Insane asylums Bombay 1873-77 - 1873-1877
Year: 1873
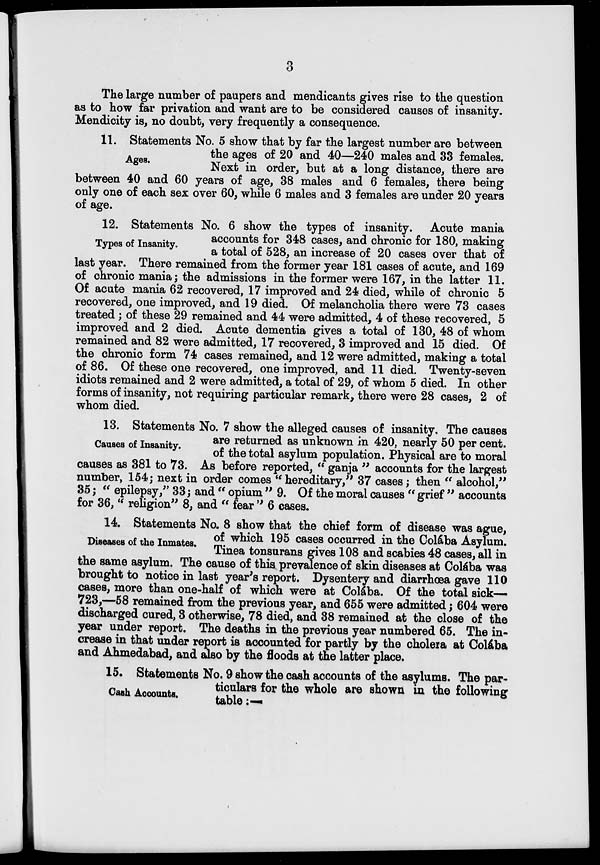
3
The large number of paupers and mendicants gives rise to the question
as to how far privation and want are to be considered causes of insanity.
Mendicity is, no doubt, very frequently a consequence.
Ages.
11. Statements No. 5 show that by far the largest number are between
the ages of 20 and 40—240 males and 33 females.
Next in order, but at a long distance, there are
between 40 and 60 years of age, 38 males and 6 females, there being
only one of each sex over 60, while 6 males and 3 females are under 20 years
of age.
Types of Insanity.
12. Statements No. 6 show the types of insanity. Acute mania
accounts for 348 cases, and chronic for 180, making
a total of 528, an increase of 20 cases over that of
last year. There remained from the former year 181 cases of acute, and 169
of chronic mania ; the admissions in the former were 167, in the latter 11.
Of acute mania 62 recovered, 17 improved and 24 died, while of chronic 5
recovered, one improved, and 19 died. Of melancholia there were 73 cases
treated ; of these 29 remained and 44 were admitted, 4 of these recovered, 5
improved and 2 died. Acute dementia gives a total of 130, 48 of whom
remained and 82 were admitted, 17 recovered, 3 improved and 15 died. Of
the chronic form 74 cases remained, and 12 were admitted, making a total
of 86. Of these one recovered, one improved, and 11 died. Twenty-seven
idiots remained and 2 were admitted, a total of 29, of whom 5 died. In other
forms of insanity, not requiring particular remark, there were 28 cases, 2 of
whom died.
Causes of Insanity.
13. Statements No. 7 show the alleged causes of insanity. The causes
are returned as unknown in 420, nearly 50 per cent.
of the total asylum population. Physical are to moral
causes as 381 to 73. As before reported, " ganja " accounts for the largest
number, 154; next in order comes "hereditary," 37 cases ; then " alcohol,"
35 ; " epilepsy," 33 ; and " opium " 9. Of the moral causes " grief " accounts
for 36, " religion" 8, and " fear " 6 cases.
Diseases of the Inmates.
14. Statements No. 8 show that the chief form of disease was ague,
of which 195 cases occurred in the Colába Asylum.
Tinea tonsurans gives 108 and scabies 48 cases, all in
the same asylum. The cause of this prevalence of skin diseases at Colába was
brought to notice in last year's report. Dysentery and diarrhœa gave 110
cases, more than one-half of which were at Colába. Of the total sick—
723,—58 remained from the previous year, and 655 were admitted ; 604 were
discharged cured, 3 otherwise, 78 died, and 38 remained at the close of the
year under report. The deaths in the previous year numbered 65. The in-
crease in that under report is accounted for partly by the cholera at Colába
and Ahmedabad, and also by the floods at the latter place.
Cash Accounts.
15. Statements No. 9 show the cash accounts of the asylums. The par-
ticulars for the whole are shown in the following
table:—